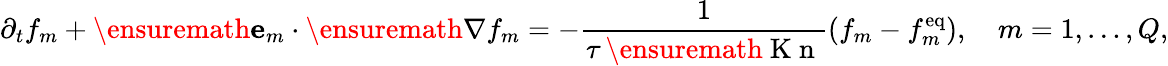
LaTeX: \partial_{t}f_{m}+\ensuremath{\mathbf{e}}_{m}\cdot\ensuremath{\mathbf{\nabla}}f_{m}=-\frac{1}{\tau\, \ensuremath{\mathrm{~K~n~}}}(f_{m}-f_{m}^{\mathrm{eq}}),\quad m=1,\dots,Q,